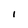
Character: I